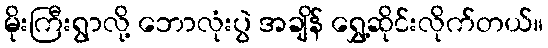
မိုးကြီးရွာလို့ ဘောလုံးပွဲ အချိန် ရွှေ့ဆိုင်းလိုက်တယ်။